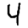
Digit: 4